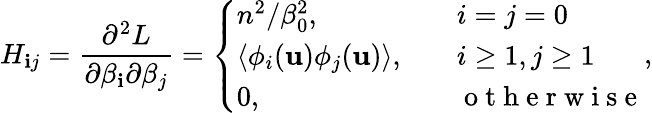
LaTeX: H_{\mathbf{i}j}=\frac{{\partial^{2}L}}{{\partial\beta_{\mathbf{i}}\partial\beta_{j}}}=\left\{ \begin{array}{ll}{n^{2}/\beta_{0}^{2},\quad}&{i=j=0}\\ {\left<\phi_{i}(\mathbf{u})\phi_{j}(\mathbf{u})\right>,\quad}&{i\ge 1,j\ge 1}\\ {0,\quad}&{\mathrm{~o~t~h~e~r~w~i~s~e~}}\end{array}\right.,